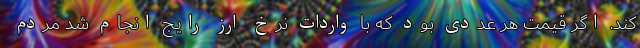
کند. اگر قیمت هر عددی بود که با واردات نرخ ارز رایج انجام شد مردم